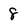
Character: 8